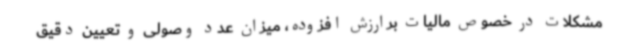
مشکلات در خصوص مالیات برارزش افزوده، میزان عدد وصولی و تعیین دقیق